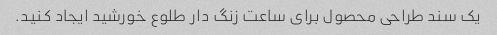
یک سند طراحی محصول برای ساعت زنگ دار طلوع خورشید ایجاد کنید.